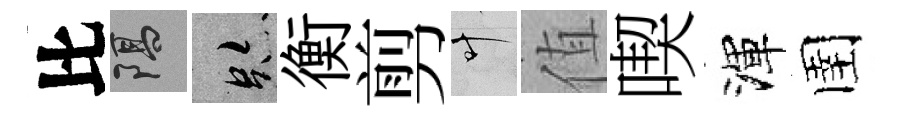
比隔跡衡剪叶值喫渾圉